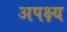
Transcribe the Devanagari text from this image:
अपक्ष्य